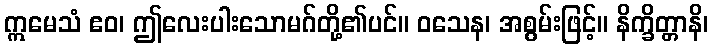
ဣမေသံ ဧဝ၊ ဤလေးပါးသောမဂ်တို့၏ပင်။ ဝသေန၊ အစွမ်းဖြင့်။ နိက္ခိတ္တာနိ၊